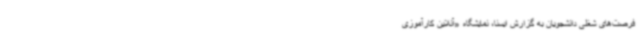
فرصت‌های شغلی دانشجویان به گزارش ایسنا، نمایشگاه «آنلاین کارآموزی